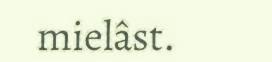
mielâst.